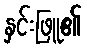
နှင်းဖြူ၏